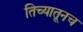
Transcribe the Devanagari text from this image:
तिच्यातूनच